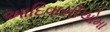
આદિવાસીઓમા